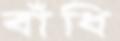
বাঁধি